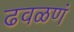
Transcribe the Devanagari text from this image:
ढवळणं